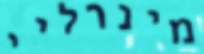
מינרליי